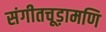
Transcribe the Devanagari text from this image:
संगीतचूड़ामणि